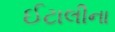
ઈટાલીના